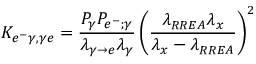
K _ { e ^ { - } \gamma , \gamma e } = \frac { P _ { \gamma } P _ { e ^ { - } ; \gamma } } { \lambda _ { \gamma \rightarrow e } \lambda _ { \gamma } } \left( \frac { \lambda _ { R R E A } \lambda _ { x } } { \lambda _ { x } - \lambda _ { R R E A } } \right) ^ { 2 }